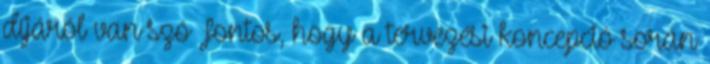
díjáról van szó Fontos, hogy a tervezési koncepció során